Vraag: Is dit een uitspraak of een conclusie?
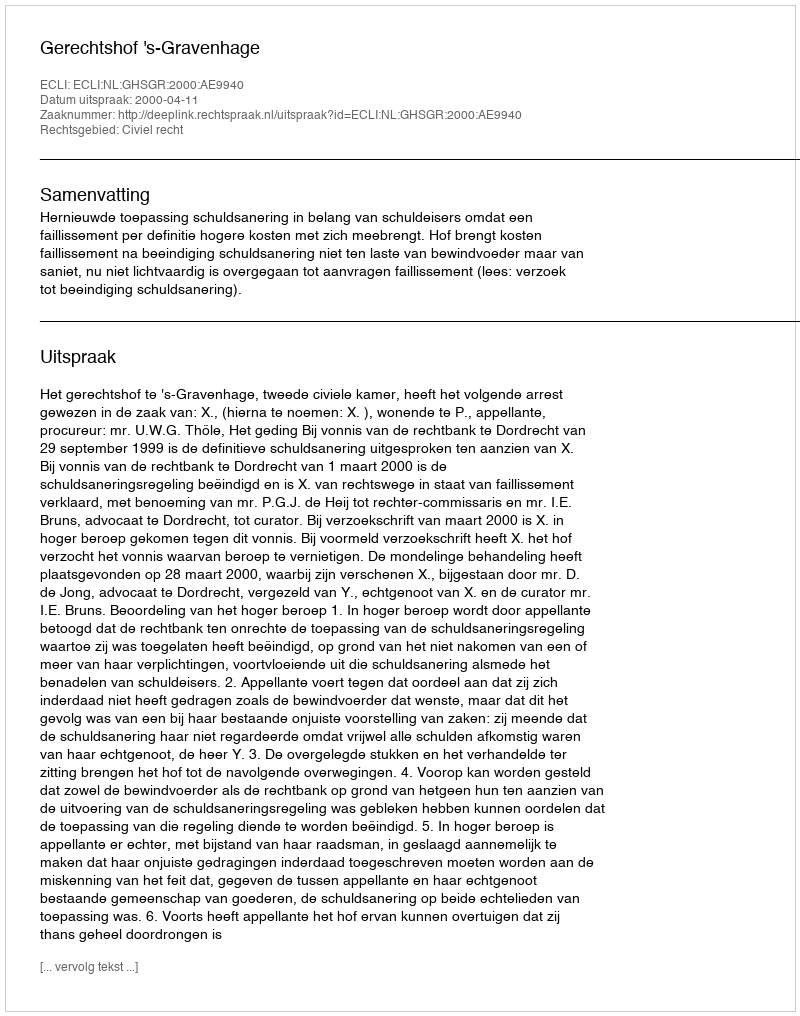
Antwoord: Uitspraak